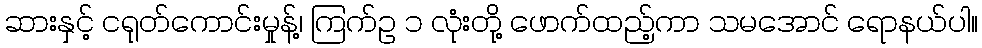
ဆားနှင့် ငရုတ်ကောင်းမှုန့်၊ ကြက်ဥ ၁ လုံးတို့ ဖောက်ထည့်ကာ သမအောင် ရောနယ်ပါ။